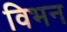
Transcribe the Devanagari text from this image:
विभन